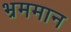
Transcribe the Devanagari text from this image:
भ्रममान